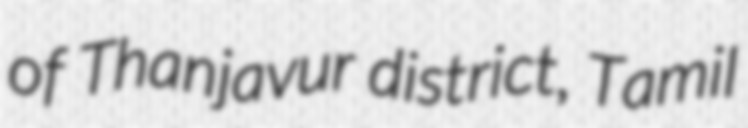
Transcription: of Thanjavur district, Tamil